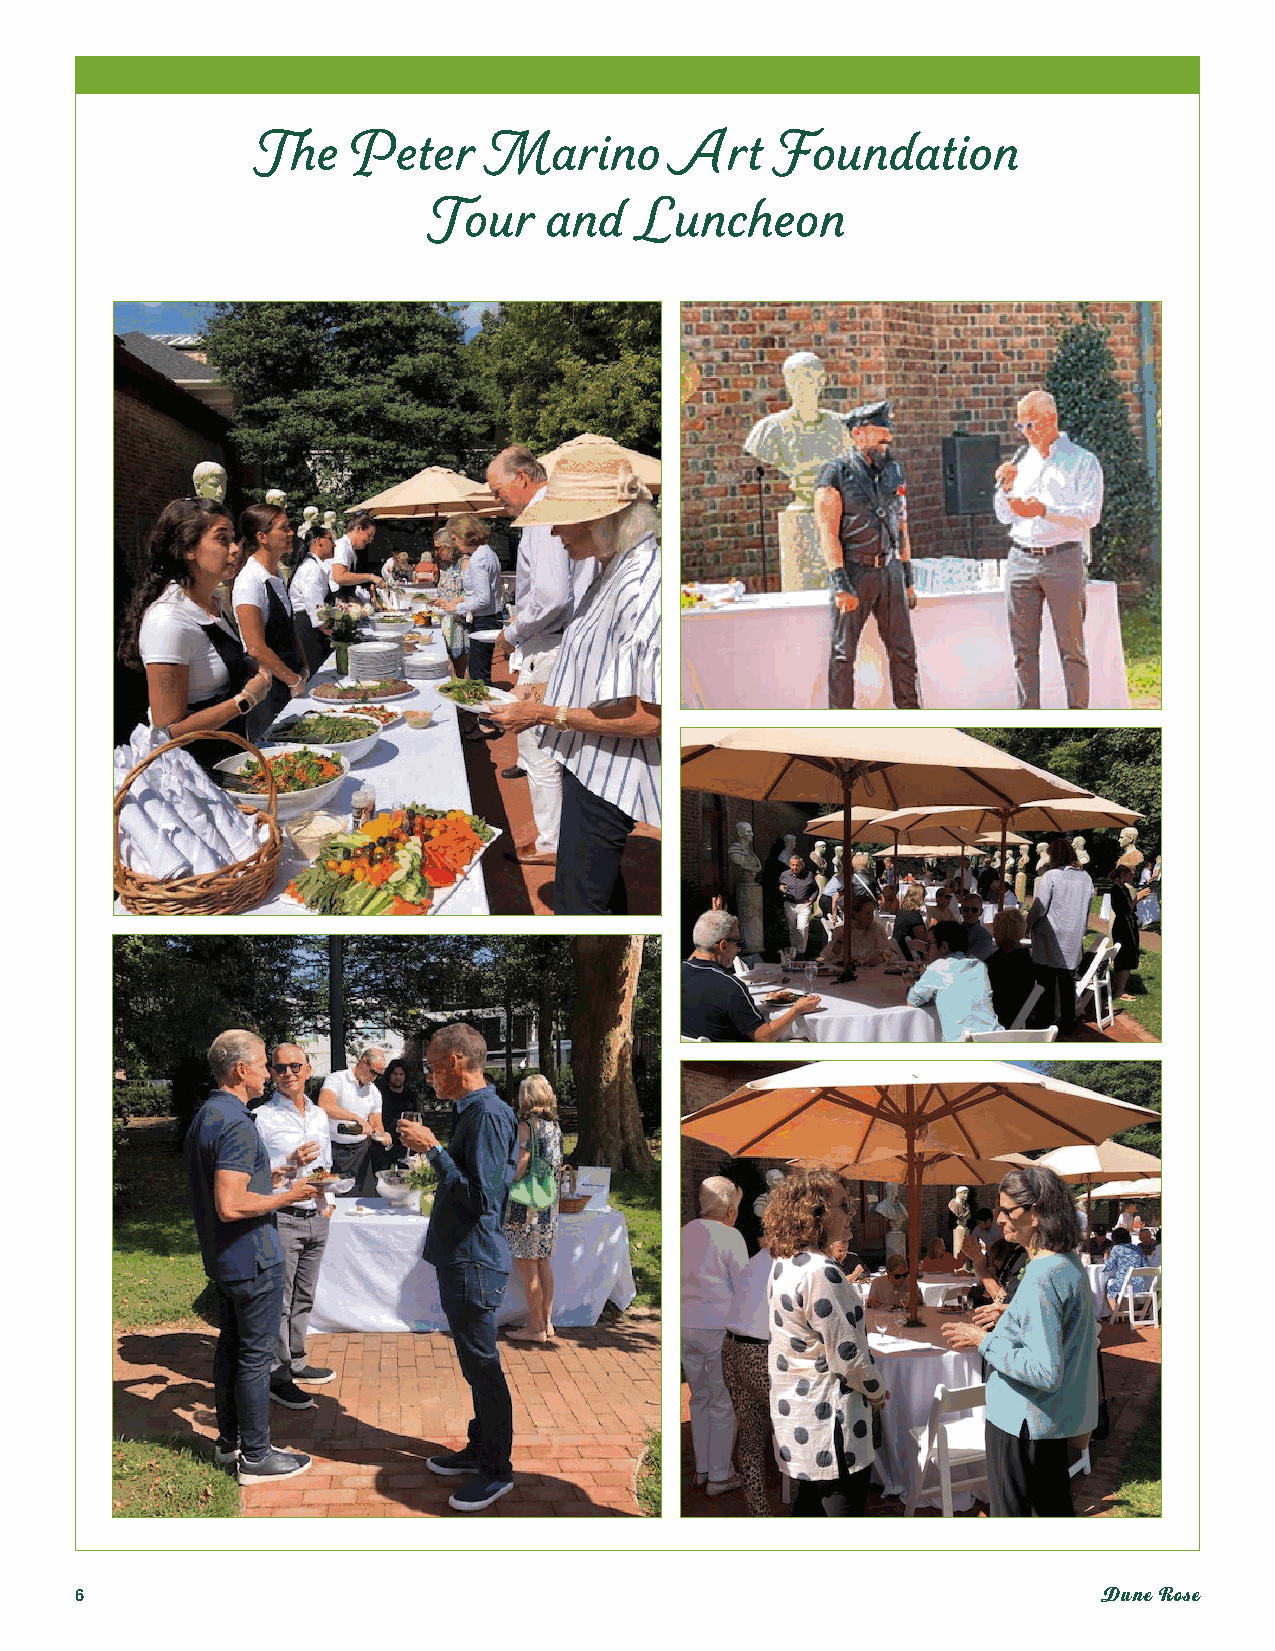
The   Peter    Marino      Art    Foundation
 Tour    and   Luncheon
 6                                                                   Dune Rose